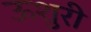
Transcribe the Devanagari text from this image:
ऊशुरी